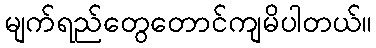
မျက်ရည်တွေတောင်ကျမိပါတယ်။